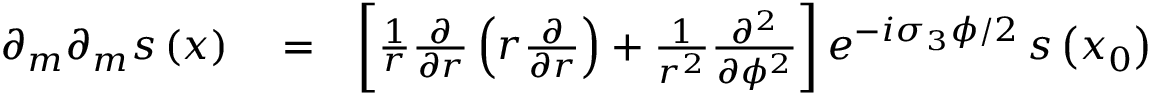
\begin{array} { r l r } { \partial _ { m } \partial _ { m } s \left( \boldsymbol { x } \right) } & { { } = } & { \left[ \frac { 1 } { r } \frac { \partial } { \partial r } \left( r \frac { \partial } { \partial r } \right) + \frac { 1 } { r ^ { 2 } } \frac { \partial ^ { 2 } } { \partial \phi ^ { 2 } } \right] e ^ { - i \sigma _ { 3 } \phi / 2 } \, s \left( \boldsymbol { x } _ { 0 } \right) } \end{array}